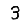
Digit: 3